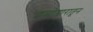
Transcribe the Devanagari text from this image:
शब्दोच्चारातून